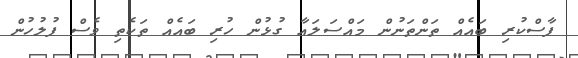
ފާސްކުރި ބައެއް ތަންތަނުން މައްސަލައާ ގުޅުން ހުރި ބައެއް ތަކެތި ވެސް ފުލުހުން